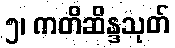
၅၊ ကတိဆိန္ဒသုတ်